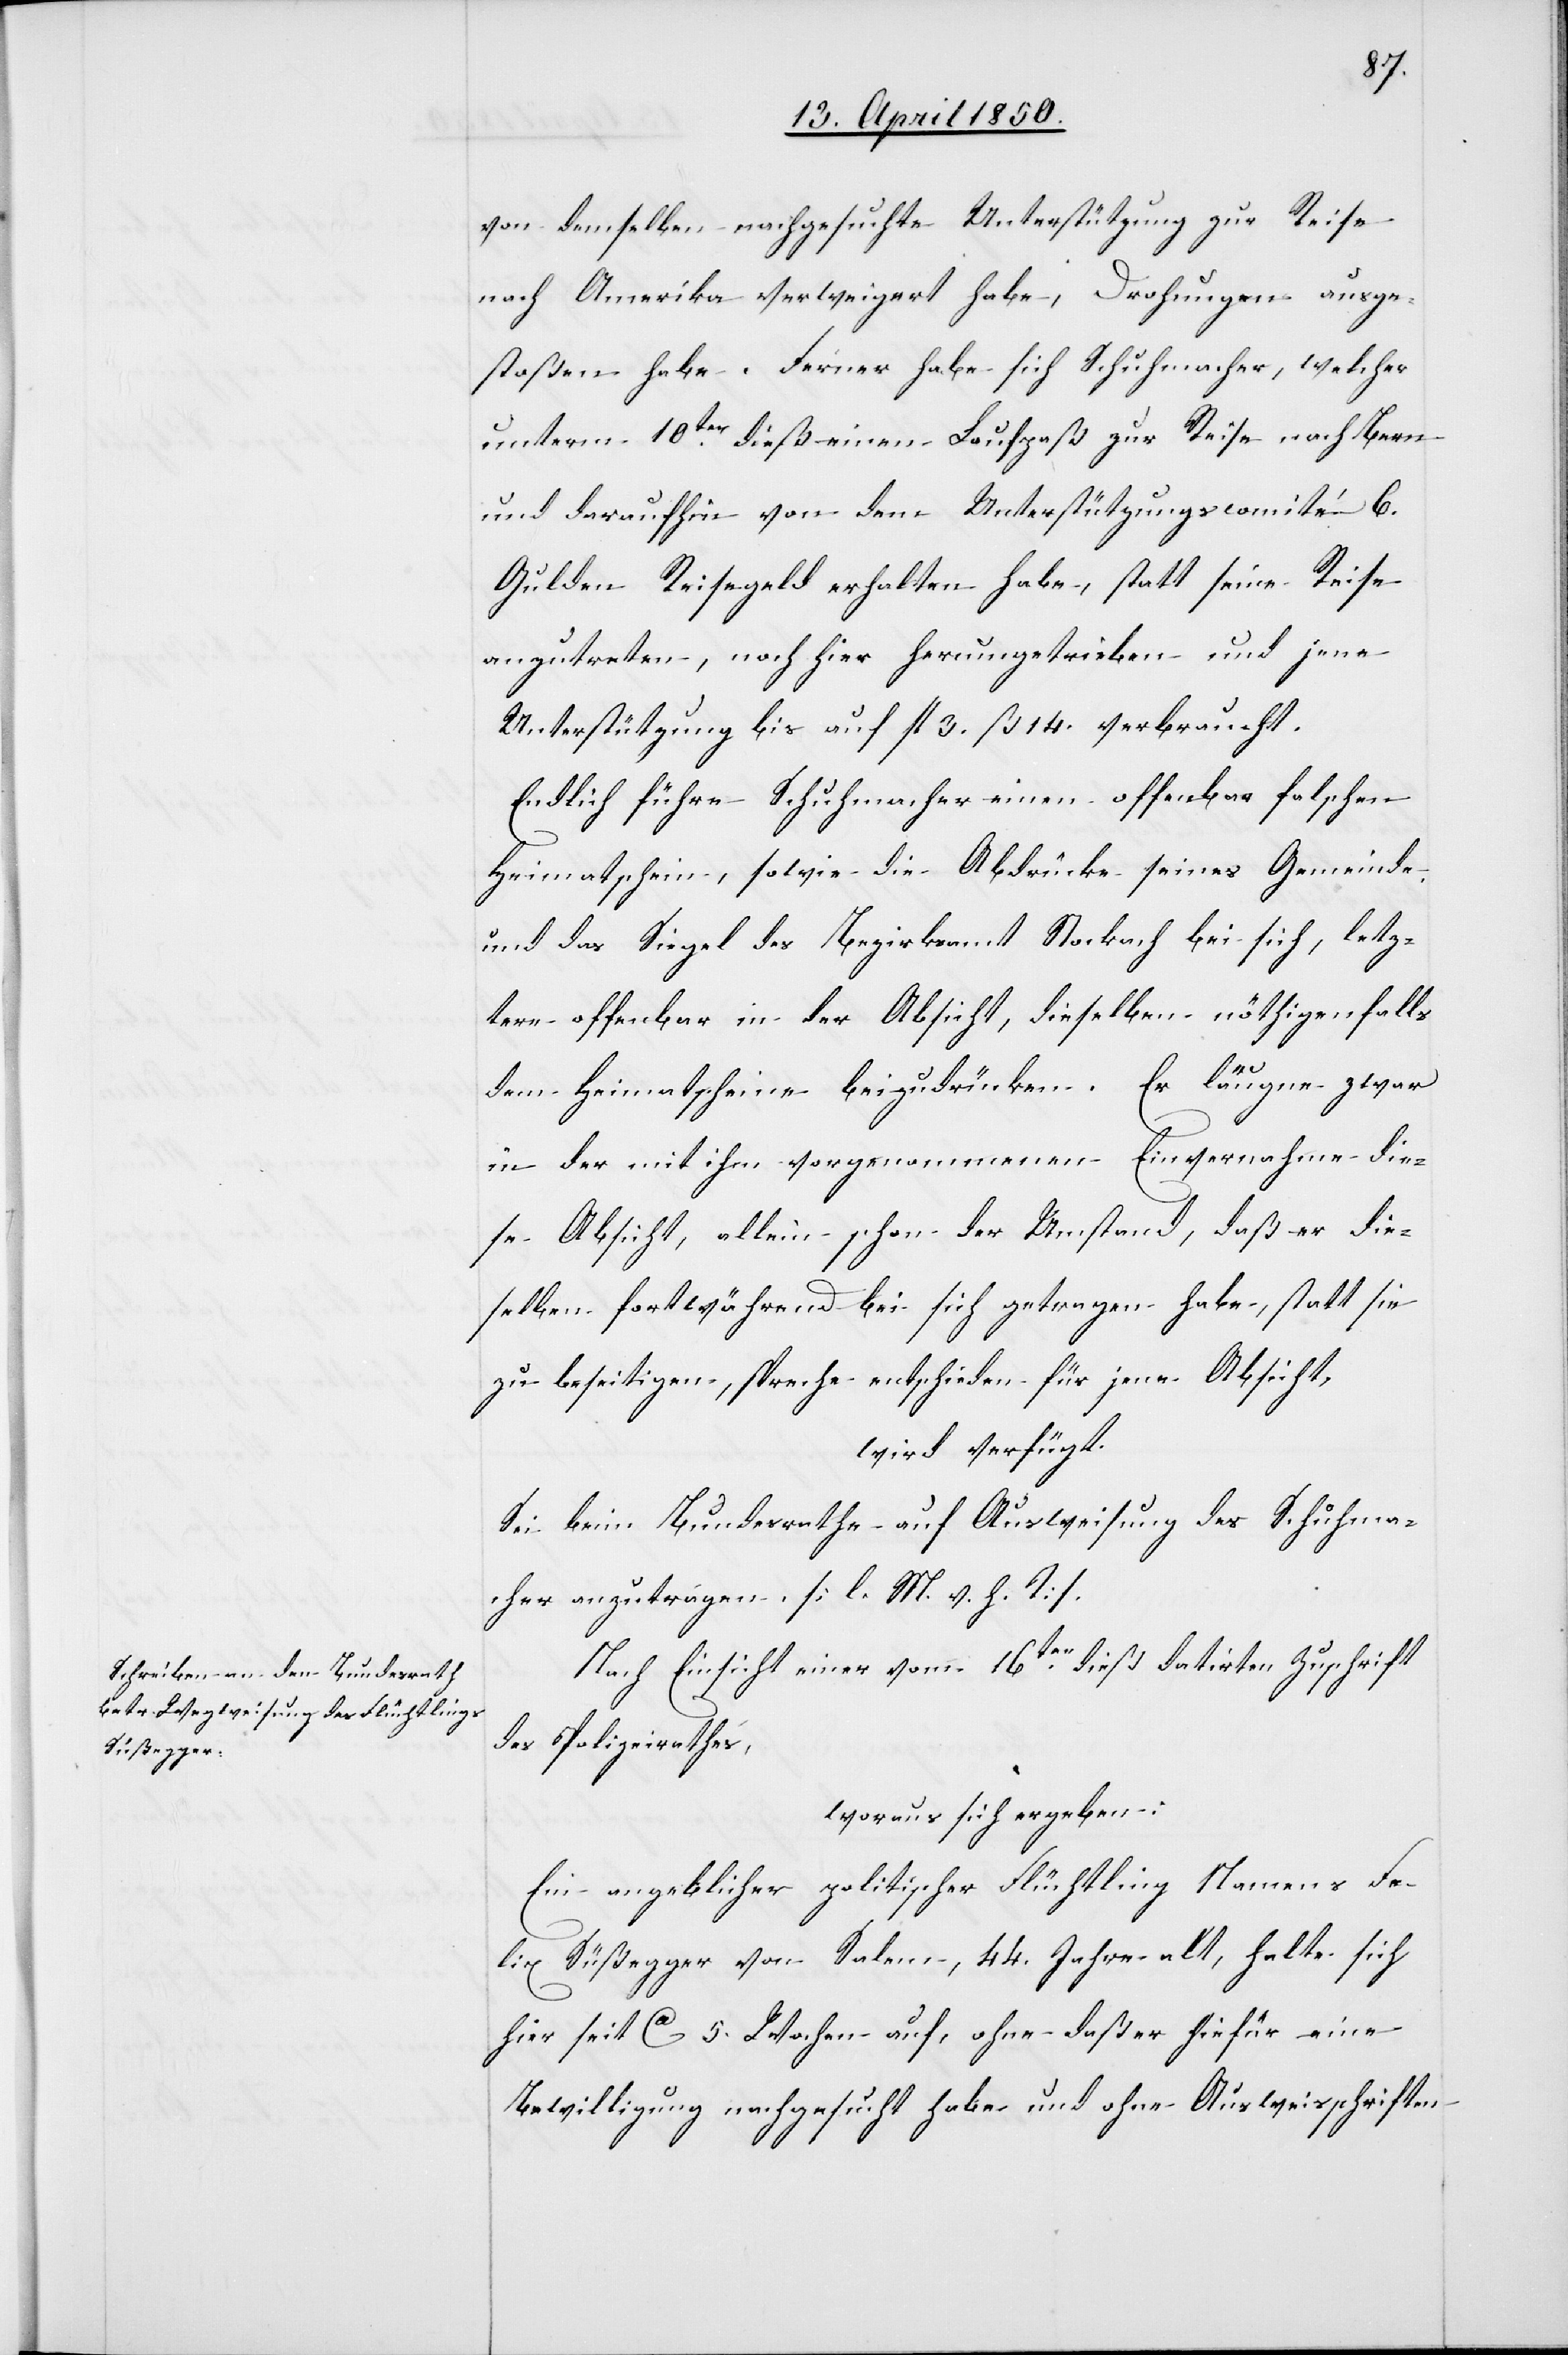
17. April 1850.]
von demselben nachgesuchte Unterstützung zur Reise
nach Amerika verweigert habe, Drohungen ausge¬
stoßen habe. Ferner habe sich Schuhmacher, welcher
unterm 10ten dieß einen Laufpaß zur Reise nach Bern
und daraufhin von dem Unterstützungscomité 6.
Gulden Reisegeld erhalten habe, statt seine Reise
anzutreten, noch hier herumgetrieben und jene
Unterstützung bis auf fl 3. ß 14. verbraucht.
Endlich führe Schuhmacher einen offenbar falschen
Heimatschein, sowie die Abdrücke seines Gemeinde-
und das Siegel des Bezirksamt Stockach bei sich, letz¬
tere offenbar in der Absicht, dieselben nöthigenfalls
dem Heimatscheine beizudrücken. Er läugne zwar
in der mit ihm vorgenommenen Einvernahme die¬
se Absicht, allein schon der Umstand, daß er die¬
selben fortwährend bei sich getragen habe, statt sie
zu beseitigen, spreche entschieden für jene Absicht,
wird verfügt.
Sei beim Bundesrathe auf Ausweisung des Schuhma¬
cher anzutragen. [l. M. v. h. T].
den
Nach Einsicht einer vom 16ten dieß datirten Zuschrift
des Polizeirathes,
woraus sich ergeben:
Ein angeblicher politischer Flüchtling Namens Fe¬
lix Süßegger von Salem, 44. Jahre alt, halte sich
hier seit Ca 5. Wochen auf, ohne daß er hiefür eine
Bewilligung nachgesucht habe und ohne Ausweisschriften